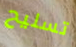
تسليح